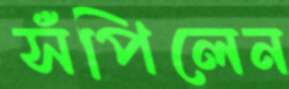
সঁপিলেন